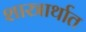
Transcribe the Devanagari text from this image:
शास्त्रार्थात